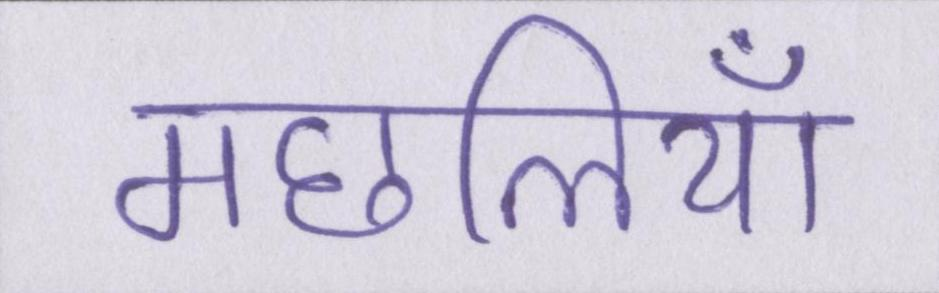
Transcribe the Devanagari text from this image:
मछलियाँ